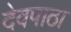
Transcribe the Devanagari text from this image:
देवपाठा